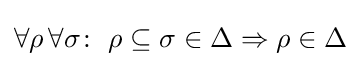
\forall \rho \,\forall \sigma \!:\ \rho \subseteq \sigma \in \Delta \Rightarrow \rho \in \Delta